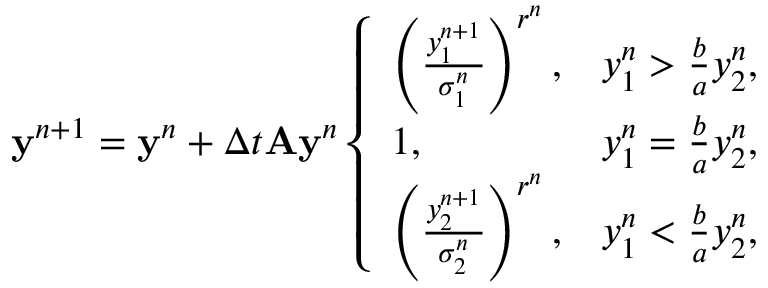
\mathbf y ^ { n + 1 } = \mathbf y ^ { n } + \Delta t \mathbf A \mathbf y ^ { n } \left\{ \begin{array} { l l } { \left( \frac { y _ { 1 } ^ { n + 1 } } { \sigma _ { 1 } ^ { n } } \right) ^ { r ^ { n } } , } & { y _ { 1 } ^ { n } > \frac { b } { a } y _ { 2 } ^ { n } , } \\ { 1 , } & { y _ { 1 } ^ { n } = \frac { b } { a } y _ { 2 } ^ { n } , } \\ { \left( \frac { y _ { 2 } ^ { n + 1 } } { \sigma _ { 2 } ^ { n } } \right) ^ { r ^ { n } } , } & { y _ { 1 } ^ { n } < \frac { b } { a } y _ { 2 } ^ { n } , } \end{array} \right.